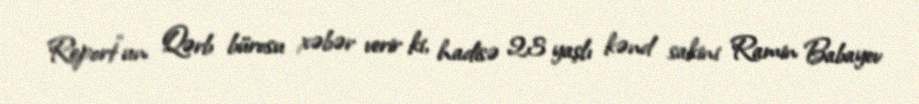
Report"un Qərb bürosu xəbər verir ki, hadisə 23 yaşlı kənd sakini Ramin Babayev